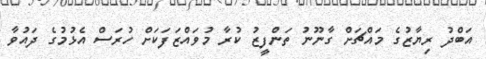
އަބްދު ރިޔާޒުގެ މައްޗަށް ގާނޫނު ތަންފީޒު ކުރާ މުވައްޒަފަކަށް ހުރަސް އެޅުމުގެ ދައުވާ